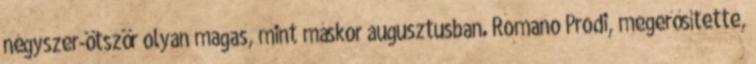
négyszer-ötször olyan magas, mint máskor augusztusban. Romano Prodi, megerősítette,